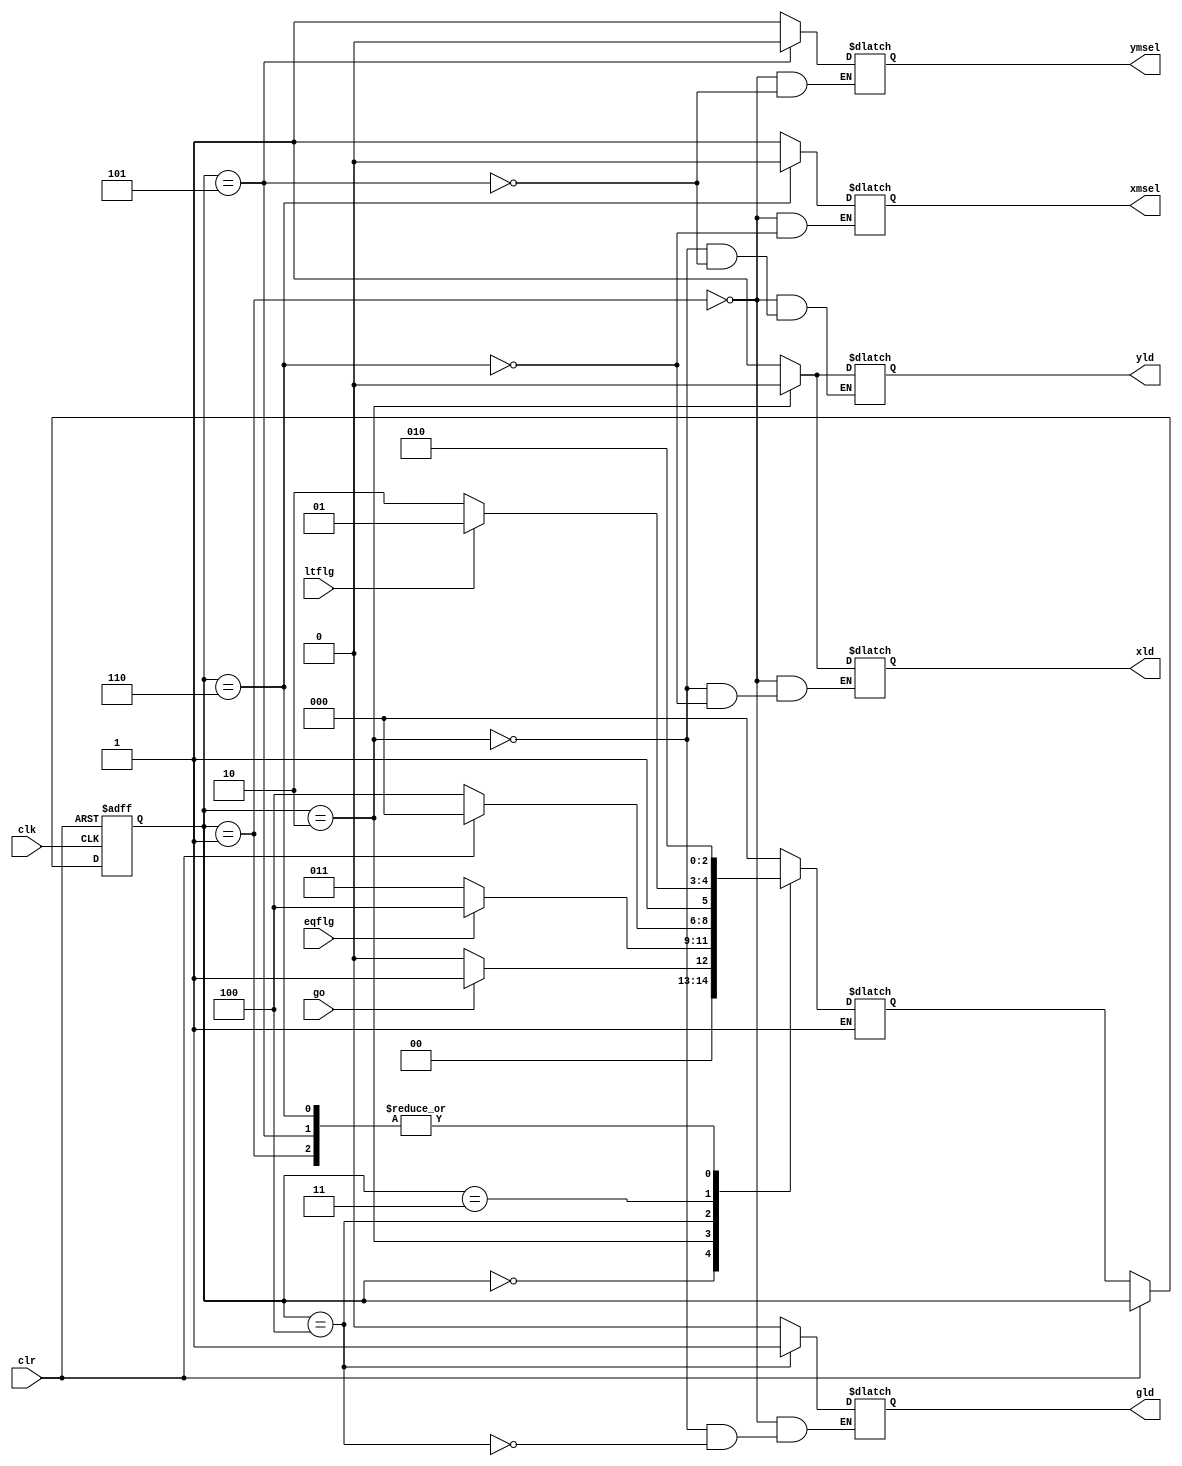
`timescale 1ns / 1ps
//////////////////////////////////////////////////////////////////////////////////
module gcd_ctrl(
input clk,
input clr,
input go,
input eqflg,
input ltflg,
output reg xmsel,
output reg ymsel,
output reg xld,
output reg yld,
output reg gld
);

reg [2:0] ps=0;
reg [2:0] ns=0;
parameter start=3'b000,inp=3'b001,test1=3'b010,test2=3'b011,done=3'b100,update1=3'b101,update2=3'b110;

always@(posedge clk or posedge clr)
begin
    if(clr)
        ps<=start;
    else if(~clr) 
        ps<=ns;
end
        
always@(*)
begin
    case(ps)
        start:begin
                if(go) 
                    ns<=inp;
                else if(~go) 
                    ns<=start;
                end
        inp: 
        begin 
             ns<=test1;
             xmsel<=1;
             ymsel<=1;
             xld<=1;
             yld<=1;
             gld<=0;
            end
          
        test1:  
        begin
               if(eqflg)
                begin
                ns<=done;
                gld<=0;
                xld<=0;
                yld<=0; 
               end
               else if(~eqflg)
               begin
               ns<=test2;
               gld<=0;
               xld<=0;
               yld<=0;
              end
        end
        done: begin 
                    if(clr)
                    begin
                    ns<=start;
                    gld<=1;
                    end
                    else if(~clr)
                    begin
                    ns<=done; 
                    gld<=1;
           
                    end
               end     
        test2:  begin if(ltflg)begin ns<=update1;
//                        xmsel<=0;
//                        ymsel<=0;
//                        xld<=0;
//                        yld<=0;
//                        gld<=0;
                        end
                else if (~ltflg)begin 
                        ns<=update2; 
//                        xmsel<=0;
//                        ymsel<=0;
//                        xld<=0;
//                        yld<=0;
//                        gld<=0;
                    end
                     end       
        update1: begin yld<=1;
                ymsel<=0;
                ns<=test1; end              
        update2: begin xld<=1;
                 xmsel<=0;
                 ns<=test1; end
        default :ns<=start;        
     endcase
end        
endmodule